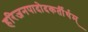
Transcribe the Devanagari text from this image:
हरिजनपादोदकर्तीर्थम्‌